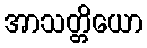
အာသတ္တိယော